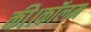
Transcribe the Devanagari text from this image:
की।कॉलम